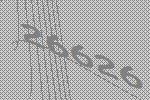
26626